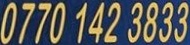
0770 142 3833